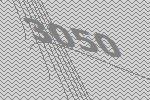
3050